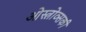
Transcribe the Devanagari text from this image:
ओस्त्रोव्सकी